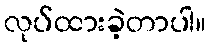
လုပ်ထားခဲ့တာပါ။